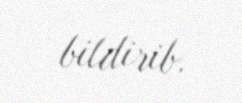
bildirib.